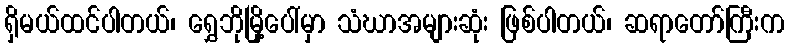
ရှိမယ်ထင်ပါတယ်၊ ရွှေဘိုမြို့ပေါ်မှာ သံဃာအများဆုံး ဖြစ်ပါတယ်၊ ဆရာတော်ကြီးက